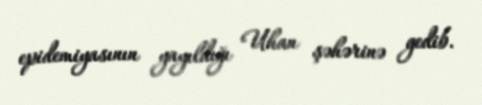
epidemiyasının yayıldığı Uhan şəhərinə gedib.